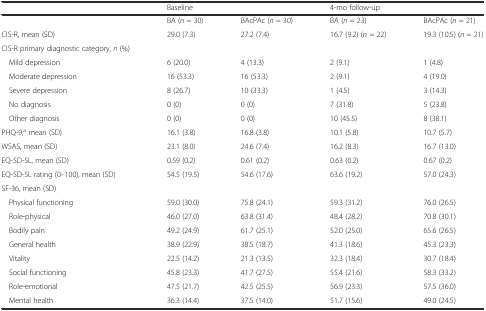
<table><thead><tr><td></td><td colspan="2"><b>Baseline</b></td><td colspan="2"><b>4-mo follow-up</b></td></tr></thead><tbody><tr><td></td><td>BA (<i>n</i> = 30)</td><td>BAcPAc (<i>n</i> = 30)</td><td>BA (<i>n</i> = 23)</td><td>BAcPAc (<i>n</i> = 21)</td></tr><tr><td>CIS-R, mean (SD)</td><td>29.0 (7.3)</td><td>27.2 (7.4)</td><td>16.7 (9.2) (<i>n</i> = 22)</td><td>19.3 (10.5) (<i>n</i> = 21)</td></tr><tr><td>CIS-R primary diagnostic category, <i>n</i> (%)</td><td></td><td></td><td></td><td></td></tr><tr><td>Mild depression</td><td>6 (20.0)</td><td>4 (13.3)</td><td>2 (9.1)</td><td>1 (4.8)</td></tr><tr><td>Moderate depression</td><td>16 (53.3)</td><td>16 (53.3)</td><td>2 (9.1)</td><td>4 (19.0)</td></tr><tr><td>Severe depression</td><td>8 (26.7)</td><td>10 (33.3)</td><td>1 (4.5)</td><td>3 (14.3)</td></tr><tr><td>No diagnosis</td><td>0 (0)</td><td>0 (0)</td><td>7 (31.8)</td><td>5 (23.8)</td></tr><tr><td>Other diagnosis</td><td>0 (0)</td><td>0 (0)</td><td>10 (45.5)</td><td>8 (38.1)</td></tr><tr><td>PHQ-9,<sup>a</sup> mean (SD)</td><td>16.1 (3.8)</td><td>16.8 (3.8)</td><td>10.1 (5.8)</td><td>10.7 (5.7)</td></tr><tr><td>WSAS, mean (SD)</td><td>23.1 (8.0)</td><td>24.6 (7.4)</td><td>16.2 (8.3)</td><td>16.7 (13.0)</td></tr><tr><td>EQ-5D-5L, mean (SD)</td><td>0.59 (0.2)</td><td>0.61 (0.2)</td><td>0.63 (0.2)</td><td>0.67 (0.2)</td></tr><tr><td>EQ-5D-5L rating (0–100), mean (SD)</td><td>54.5 (19.5)</td><td>54.6 (17.6)</td><td>63.6 (19.2)</td><td>57.0 (24.3)</td></tr><tr><td>SF-36, mean (SD)</td><td></td><td></td><td></td><td></td></tr><tr><td>Physical functioning</td><td>59.0 (30.0)</td><td>75.8 (24.1)</td><td>59.3 (31.2)</td><td>76.0 (26.5)</td></tr><tr><td>Role-physical</td><td>46.0 (27.0)</td><td>63.8 (31.4)</td><td>48.4 (28.2)</td><td>70.8 (30.1)</td></tr><tr><td>Bodily pain</td><td>49.2 (24.9)</td><td>61.7 (25.1)</td><td>52.0 (25.0)</td><td>65.6 (26.5)</td></tr><tr><td>General health</td><td>38.9 (22.9)</td><td>38.5 (18.7)</td><td>41.3 (18.6)</td><td>45.3 (23.3)</td></tr><tr><td>Vitality</td><td>22.5 (14.2)</td><td>21.3 (13.5)</td><td>32.3 (18.4)</td><td>30.7 (18.4)</td></tr><tr><td>Social functioning</td><td>45.8 (23.3)</td><td>41.7 (27.5)</td><td>55.4 (21.6)</td><td>58.3 (33.2)</td></tr><tr><td>Role-emotional</td><td>47.5 (21.7)</td><td>42.5 (25.5)</td><td>56.9 (23.3)</td><td>57.5 (36.0)</td></tr><tr><td>Mental health</td><td>36.3 (14.4)</td><td>37.5 (14.0)</td><td>51.7 (15.6)</td><td>49.0 (24.5)</td></tr></tbody></table>